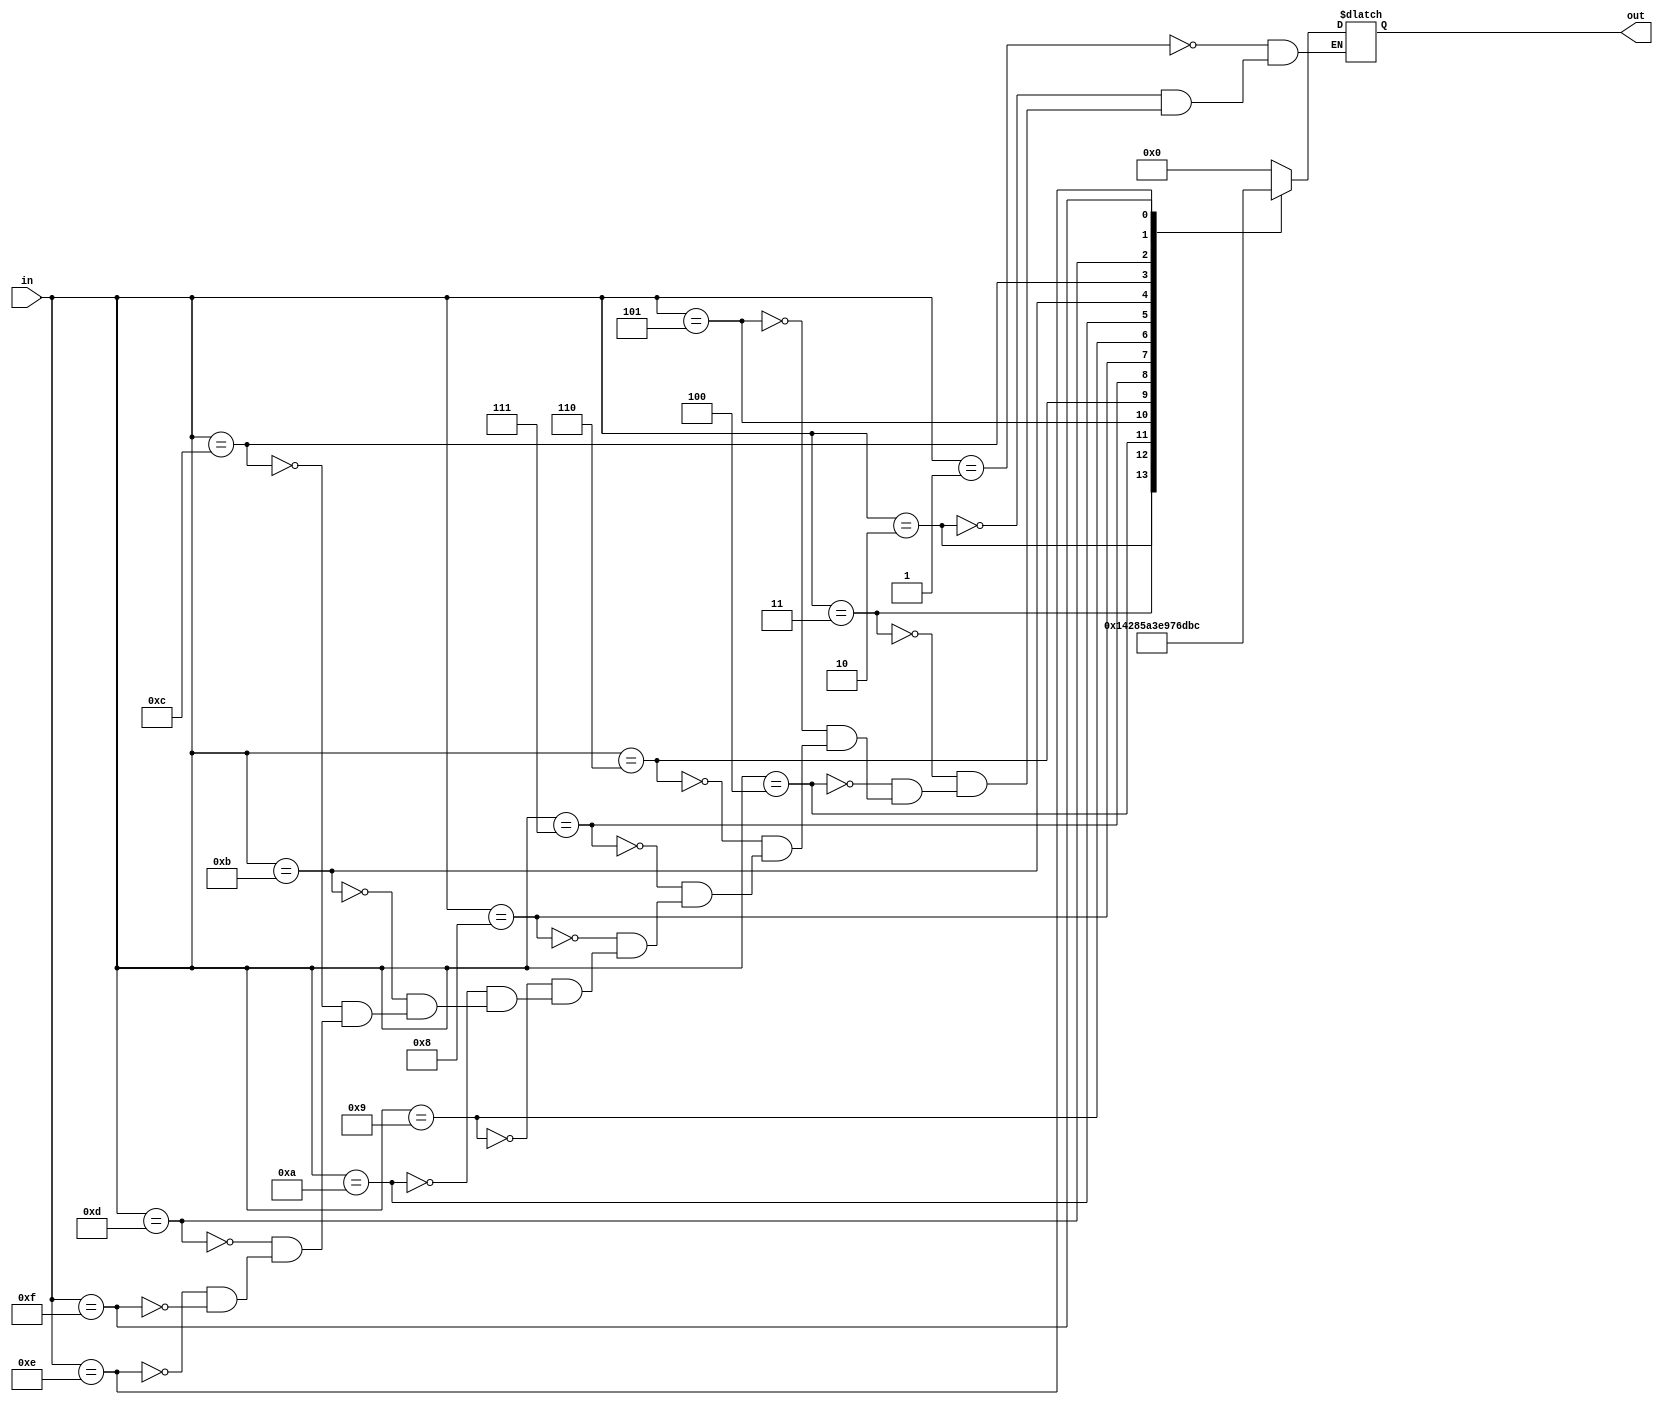

module FFLog_K4_Q2(in, out);
   input      [3:0] in;
   output reg [3:0] out;
   always @ (in) begin
      case (in)
        4'b0001: out = 0;
        4'b0010: out = 1;
        4'b0011: out = 4;
        4'b0100: out = 2;
        4'b0101: out = 8;
        4'b0110: out = 5;
        4'b0111: out = 10;
        4'b1000: out = 3;
        4'b1001: out = 14;
        4'b1010: out = 9;
        4'b1011: out = 7;
        4'b1100: out = 6;
        4'b1101: out = 13;
        4'b1110: out = 11;
        4'b1111: out = 12;
      endcase
   end
endmodule // FFLog_K4_Q2


module FFAntiLog_K4_Q2(in, out);
   input      [3:0] in;
   output reg [3:0] out;
   always @ (in) begin
     case (in)
       0: out = 4'b0001;
       1: out = 4'b0010;
       2: out = 4'b0100;
       3: out = 4'b1000;
       4: out = 4'b0011;
       5: out = 4'b0110;
       6: out = 4'b1100;
       7: out = 4'b1011;
       8: out = 4'b0101;
       9: out = 4'b1010;
       10: out = 4'b0111;
       11: out = 4'b1110;
       12: out = 4'b1111;
       13: out = 4'b1101;
       14: out = 4'b1001;
     endcase
   end
endmodule // FFAntiLog_K4_Q2


module FFMul_K4_Q2(in1, in2, out);
   input      [3:0] in1, in2;
   wire [3:0]       in1LogOut, in2LogOut, antiLogOut;
   output reg [3:0] out;
   reg [3:0]        antiLogIn;
   FFLog_K4_Q2 in1Log(in1, in1LogOut);
   FFLog_K4_Q2 in2Log(in2, in2LogOut);
   FFAntiLog_K4_Q2 antiLog(antiLogIn, antiLogOut);
   always @ (in1LogOut or in2LogOut) begin
      // Special case: forward any zero inputs to the output
      if (in1 == 0 || in2 == 0) out <= 0;
      // Otherwise perform a field multiplication
      else antiLogIn <= (in1LogOut + in2LogOut) % 15;
   end
   always @ (antiLogOut) begin
      out <= antiLogOut;
   end
endmodule // FFMul_K4_Q2